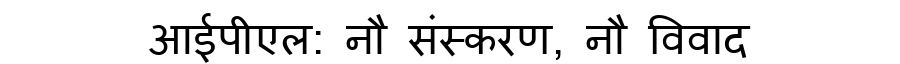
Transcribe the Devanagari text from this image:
आईपीएल: नौ संस्करण, नौ विवाद